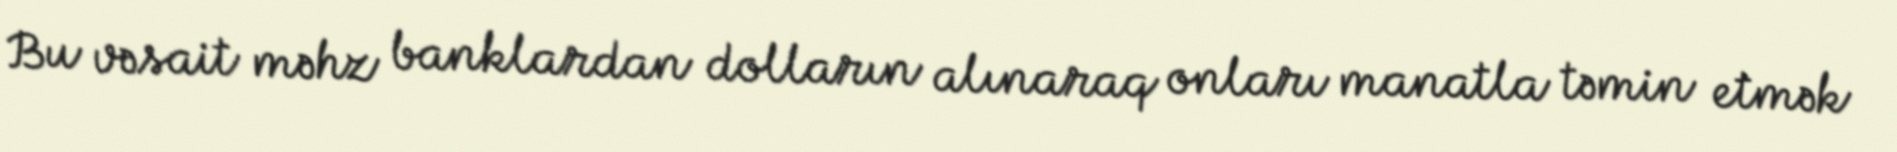
Bu vəsait məhz banklardan dolların alınaraq onları manatla təmin etmək